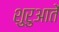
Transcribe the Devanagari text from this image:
शुरुआतें